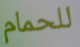
للحمام